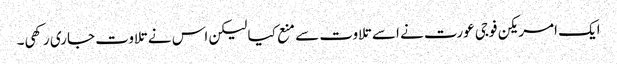
ایک امریکن فوجی عورت نے اسے تلاوت سے منع کیا لیکن اس نے تلاوت جاری رکھی۔